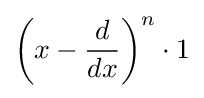
\left(x-{\frac {d}{dx}}\right)^{n}\cdot 1